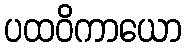
ပထဝိကာယော